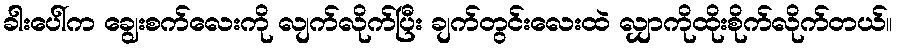
ခါးပေါ်က ချွေးစက်လေးကို လျက်လိုက်ပြီး ချက်တွင်းလေးထဲ လျှာကိုထိုးစိုက်လိုက်တယ်။